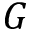
G